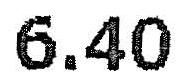
6.40